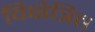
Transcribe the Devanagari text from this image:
विक्षेत्रित